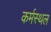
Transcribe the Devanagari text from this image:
कर्मस्थल